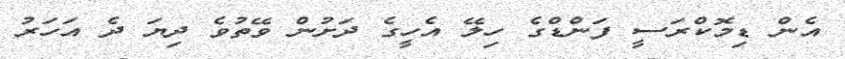
އެން ޑިމޮކްރަސީ ފަންޑްގެ ހިލޭ އެހީގެ ދަށުން ވޭތުވެ ދިޔަ ދެ އަހަރު